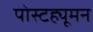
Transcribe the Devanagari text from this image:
पोस्टह्यूमन